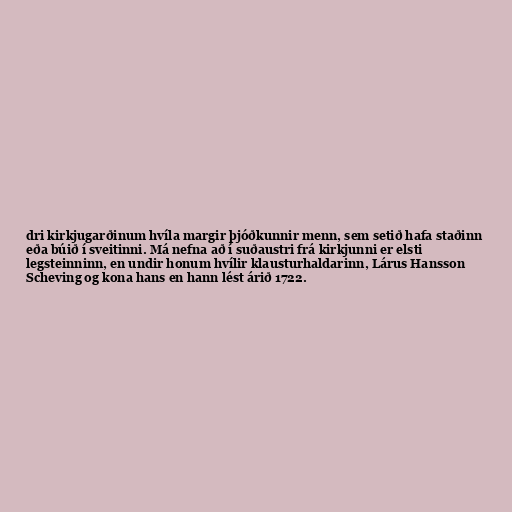
dri kirkjugarðinum hvíla margir þjóðkunnir menn, sem setið hafa staðinn
eða búið í sveitinni. Má nefna að í suðaustri frá kirkjunni er elsti
legsteinninn, en undir honum hvílir klausturhaldarinn, Lárus Hansson
Scheving og kona hans en hann lést árið 1722.